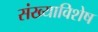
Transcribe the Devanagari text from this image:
संख्याविशेष